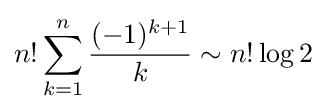
n!\sum _{k=1}^{n}{\frac {(-1)^{k+1}}{k}}\sim n!\log 2